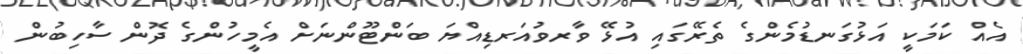
އެއް ކަމަކީ އަޅުގަނޑުމެންގެ ތެރޭގައި އުޅޭ ވާރވުއަރޑިއްޔަ ބަންޓޫންނަށް އެމީހުންގެ ދޮން ސާހިބުން